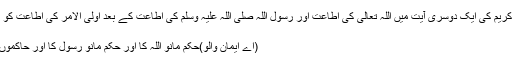
یہی وجہ ہے کہ قرآن کریم کی ایک دوسری آیت میں اللہ تعالی کی اطاعت اور رسول اللہ صلی اللہ علیہ وسلم کی اطاعت کے بعد اولی الامر کی اطاعت کو بھی لازم قرار دیا گیا:
(النساء: ٥٩)
(اے ایمان والو)حکم مانو اللہ کا اور حکم مانو رسول کا اور حاکموں کا جو تم میں سے ہو۔